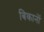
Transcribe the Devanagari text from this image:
बिकानों